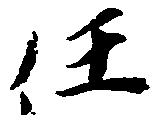
任